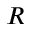
R